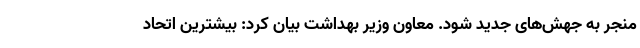
منجر به جهش‌های جدید شود. معاون وزیر بهداشت بیان کرد: بیشترین اتحاد